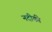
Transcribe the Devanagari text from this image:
नदीकी